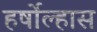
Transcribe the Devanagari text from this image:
हर्षोल्हास